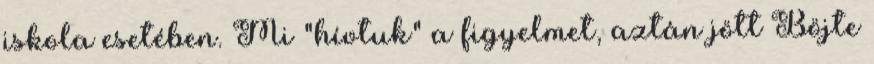
iskola esetében. Mi "hívtuk" a figyelmet, aztán jött Böjte